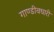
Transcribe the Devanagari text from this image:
गाण्डीवधारी